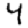
Digit: 4